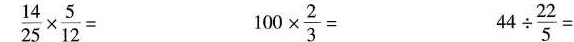
$$\frac { 1 4 } { 2 5 } \times \frac { 5 } { 1 2 } =$$ $$1 0 0 \times \frac { 2 } { 3 } =$$ $$44 \div \frac { 2 2 } { 5 } =$$